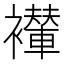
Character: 𫌖